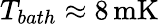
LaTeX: T_{bath}\approx 8\, \mathrm{mK}